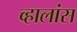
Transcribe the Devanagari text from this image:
व्हालांस